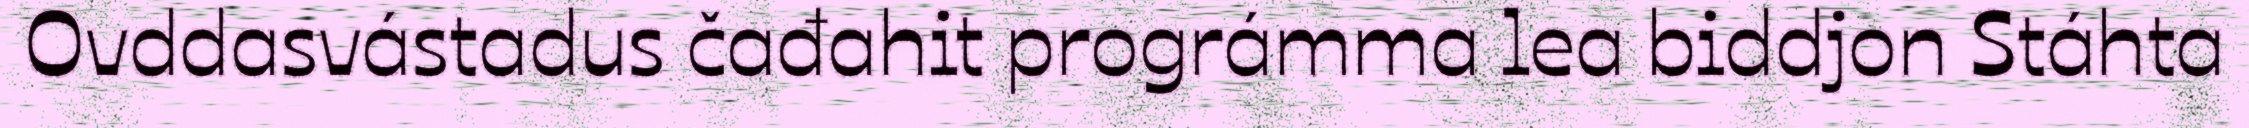
Ovddasvástadus čađahit prográmma lea biddjon Stáhta